system: You are a helpful assistant.
user:
Analyze the provided spectrum to determine if it is a **S-type Star**.

- **Key Indicators for S-type Star:**

    - **(Overall Spectrum Shape):** The first and most obvious characteristic is the overall continuum (the "baseline" shape). It is **extremely "red-sloping,"** meaning the flux (light intensity) is very low on the left side (blue, ~4000-4500 Å) and rises steeply and continuously toward the right side (red, ~7000 Å+).

    - **(Primary):** The spectrum is defined by the presence of strong, broad molecular absorption "valleys" (bands) from **Zirconium Oxide (ZrO)**. The identification of these bands is the **primary requirement** for classifying a star as S-type.
        - **(Key Bandheads):** You must find distinct, deep "dips" where the light has been absorbed. The most critical band systems to locate are:
            - **~6474 Å** ($\gamma$-system): This is often the strongest and clearest ZrO feature, found in the red part of the spectrum.
            - **~5718 Å** & **~5551 Å** ($\beta$-system): A pair of prominent absorption features in the yellow-orange part of the spectrum.
            - **~4640 Å** ($\alpha$-system): A key absorption band system in the blue-green region of the spectrum.

    - **(Secondary Confirmation):** The classification is strengthened by finding additional absorption bands from other related heavy element oxides, which are expected to be present alongside ZrO.
        - **(Key Bandheads):**
            - **Yttrium Oxide (YO):** Look for absorption dips near **~4800 Å** and **~6100 Å**.
            - **Lanthanum Oxide (LaO):** Additional absorption features, particularly in the red-orange part of the spectrum, are also characteristic.

    - **(Line Profile):** The combination of the steep red continuum and these numerous, deep molecular bands (ZrO, YO, etc.) gives the entire spectrum a very **"chopped-up"** or **"bumpy"** appearance. Instead of a smooth curve, the spectrum looks as though large, wide chunks of light have been "carved out" of it at the specific wavelengths listed above.

Think first, call **spectral_visualization_tool** if needed to examine features in detail, then provide your final answer. Your response must adhere to the following strict rules:
1.  **Overall Structure:** Your response must follow the format `<think>...</think> <tool_call>...</tool_call> (if a tool is used) <answer>...</answer>`.
2.  **Tool Usage Constraint:** You may only make **one** tool call per turn.
3.  **Final Answer Format:** In the `<answer>` tag, your conclusion must be inside a `\boxed{}` command (e.g., `\boxed{YES}` or `\boxed{NO}`), followed by your justification.

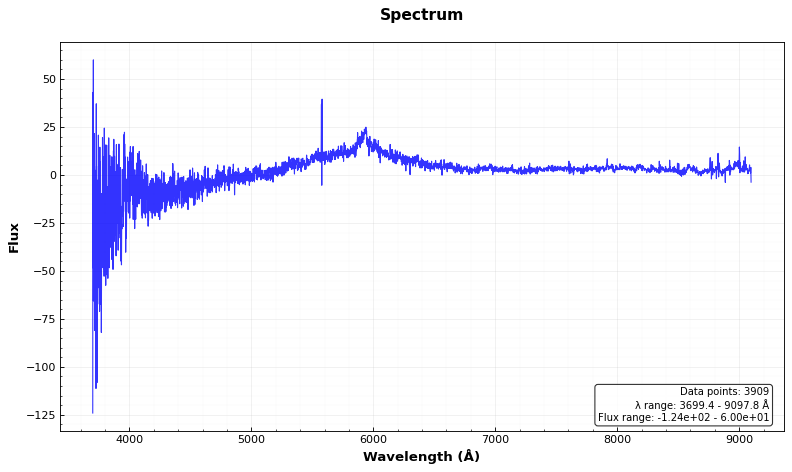
Answer: YES